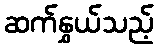
ဆက်နွှယ်သည့်